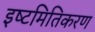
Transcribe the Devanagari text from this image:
इष्‍टमितिकरण